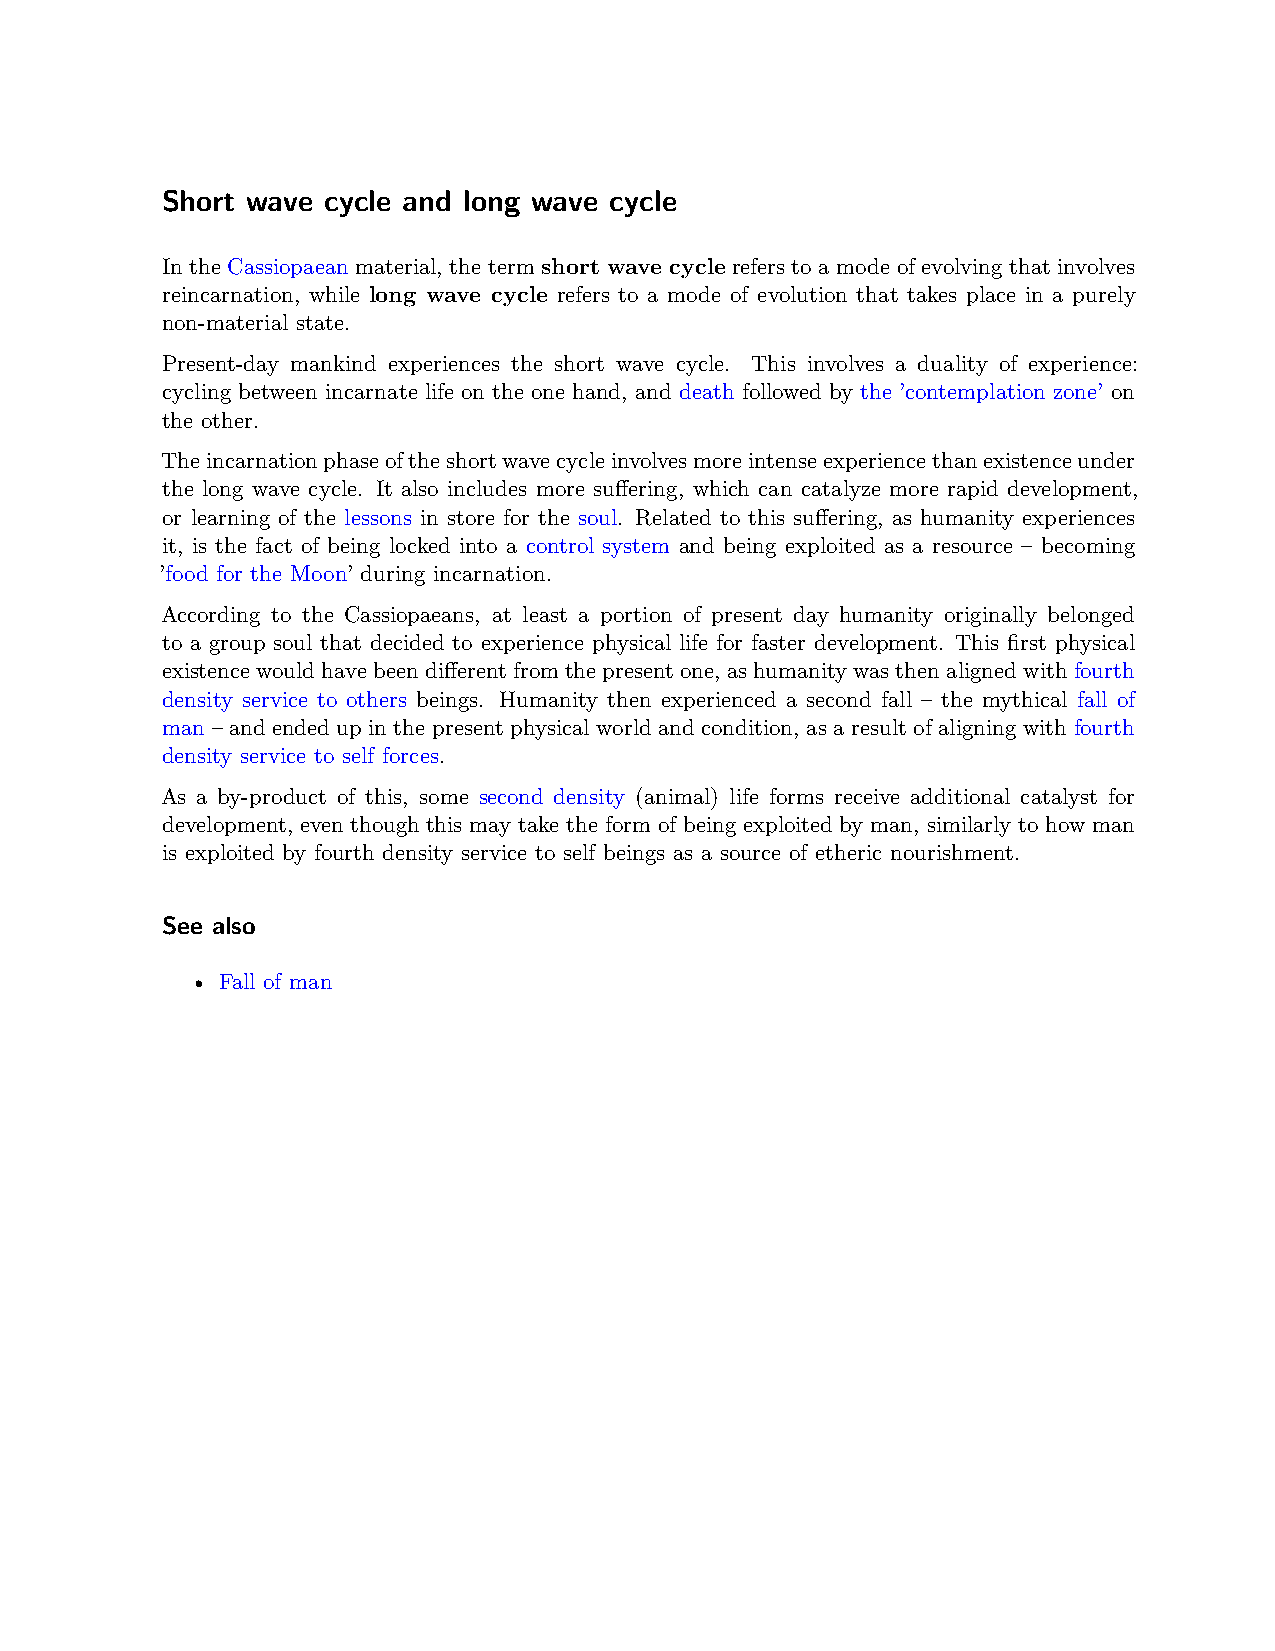
Short wave cycle and long wave cycle
 In the Cassiopaean material, the term short wave cycle refers to a mode of evolving that involves
 reincarnation, while long wave cycle refers to a mode of evolution that takes place in a purely
 non-material state.
 Present-day mankind experiences the short wave cycle. This involves a duality of experience:
 cycling between incarnate life on the one hand, and death followed by the ’contemplation zone’ on
 the other.
 Theincarnationphaseoftheshortwavecycleinvolvesmoreintenseexperiencethanexistenceunder
 the long wave cycle. It also includes more suffering, which can catalyze more rapid development,
 or learning of the lessons in store for the soul. Related to this suffering, as humanity experiences
 it, is the fact of being locked into a control system and being exploited as a resource – becoming
 ’food for the Moon’ during incarnation.
 According to the Cassiopaeans, at least a portion of present day humanity originally belonged
 to a group soul that decided to experience physical life for faster development. This first physical
 existencewouldhavebeendifferentfromthepresentone, ashumanitywasthenalignedwithfourth
 density service to others beings. Humanity then experienced a second fall – the mythical fall of
 man – and ended up in the present physical world and condition, as a result of aligning with fourth
 density service to self forces.
 As a by-product of this, some second density (animal) life forms receive additional catalyst for
 development, even though this may take the form of being exploited by man, similarly to how man
 is exploited by fourth density service to self beings as a source of etheric nourishment.
 See also
 • Fall of man